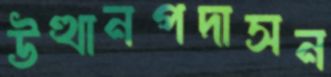
উত্থানপদাসন